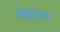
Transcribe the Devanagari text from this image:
ओंकोरिन्कस